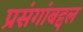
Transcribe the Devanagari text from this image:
प्रसंगांबद्दल